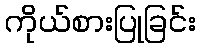
ကိုယ်စားပြုခြင်း